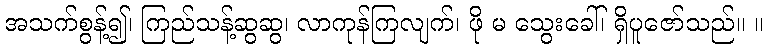
အသက်စွန့်၍၊ ကြည်သန့်ဆွဆွ၊ လာကုန်ကြလျက်၊ ဖို မ သွေးခေါ်၊ ရှိပူဇော်သည်။ ။